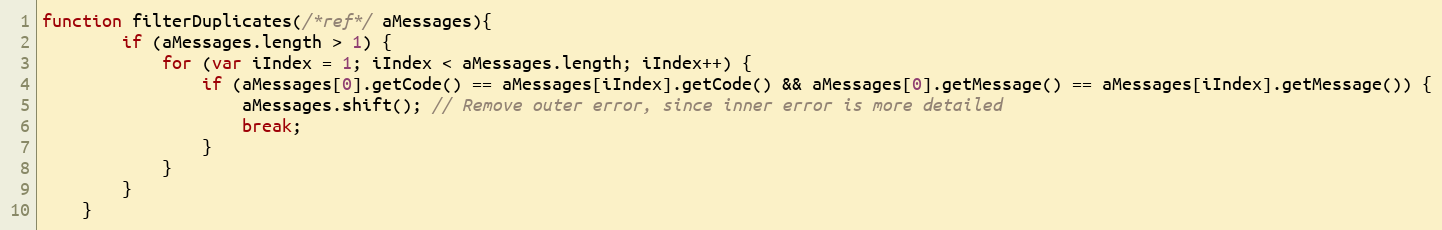
Language: JavaScript
function filterDuplicates(/*ref*/ aMessages){
		if (aMessages.length > 1) {
			for (var iIndex = 1; iIndex < aMessages.length; iIndex++) {
				if (aMessages[0].getCode() == aMessages[iIndex].getCode() && aMessages[0].getMessage() == aMessages[iIndex].getMessage()) {
					aMessages.shift(); // Remove outer error, since inner error is more detailed
					break;
				}
			}
		}
	}